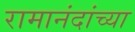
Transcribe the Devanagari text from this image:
रामानंदांच्या